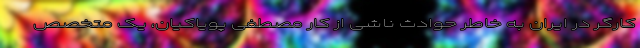
کارگر در ایران به خاطر حوادث ناشی از کار مصطفی پویاکیان، یک متخصص